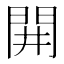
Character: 𨳩